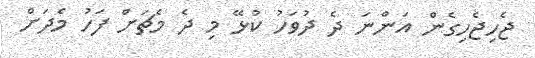
ޖެހިޖެހިގެން އަންނަ ދެ ދުވަހު ކުޅޭ މި ދެ މެޗަށް ފަހު މެދަށް